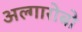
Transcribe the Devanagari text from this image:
अल्गारोबो